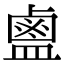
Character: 𪉟